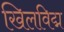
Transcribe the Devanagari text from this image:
खिलविद्म